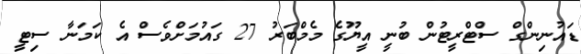
ޑައުނިންގް ސްޓްރީޓުން ބުނީ އީޔޫގެ މެމްބަރު 27 ގައުމަށްވެސް އެ ކަމަނާ ސިޓީ